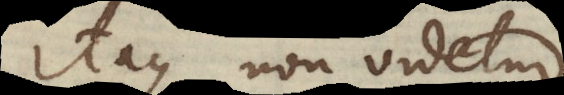
Itaque non videtur